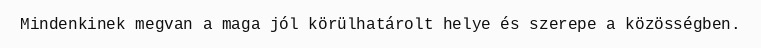
Mindenkinek megvan a maga jól körülhatárolt helye és szerepe a közösségben.